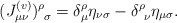
\begin{align*}(J^{(v)}_{\mu\nu})^{\rho}_{\ \sigma}=\delta^{\rho}_{\mu}\eta_{\nu\sigma} - \delta^{\rho}_{\ \nu}\eta_{\mu\sigma}.\end{align*}